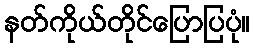
နတ်ကိုယ်တိုင်ပြောပြပုံ။